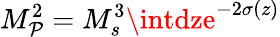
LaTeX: M_{\mathcal{P}}^{2}=M_{s}^{3}\intdze^{-2\sigma(z)}